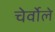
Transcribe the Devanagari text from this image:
चेर्वोले